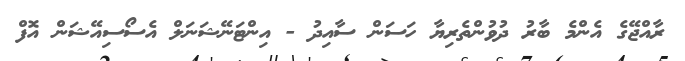
ރާއްޖޭގެ އެންމެ ބާރު ދުވުންތެރިޔާ ހަސަން ސާއިދު - އިންޓަނޭޝަނަލް އެސޯސިއޭޝަން އޮފް